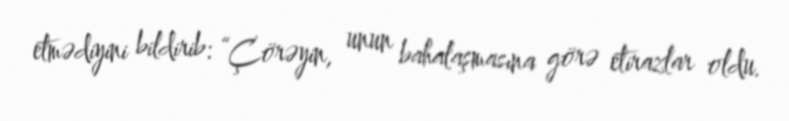
etmədiyini bildirib: “Çörəyin, unun bahalaşmasına görə etirazlar oldu.